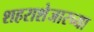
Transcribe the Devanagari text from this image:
शहराशेजारच्या